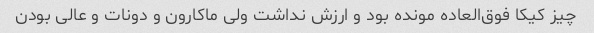
چیز کیکا فوق‌العاده مونده بود و ارزش نداشت ولی ماکارون و دونات و عالی بودن